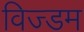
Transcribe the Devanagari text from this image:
विज्डम